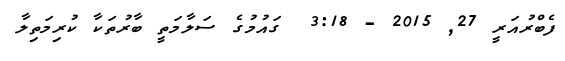
ފެބްރުއަރީ 27